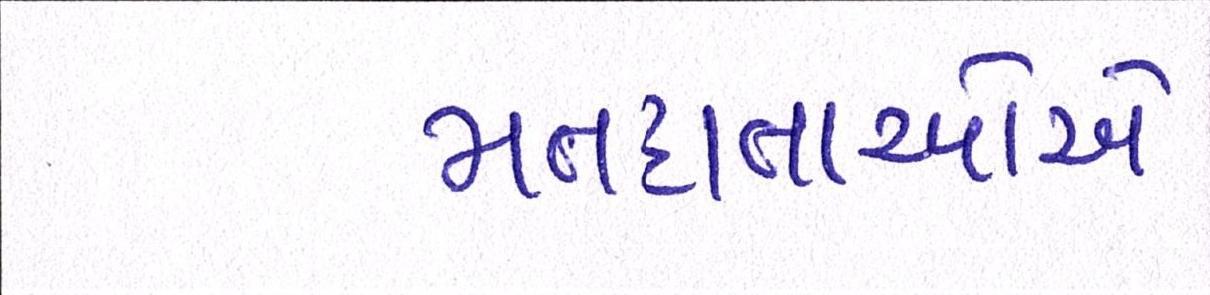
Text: મતદાતાઓએ